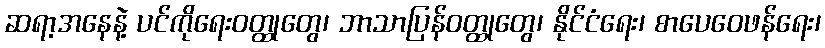
ဆရာ့အနေနဲ့ ပင်ကိုရေးဝတ္ထုတွေ၊ ဘာသာပြန်ဝတ္ထုတွေ၊ နိုင်ငံရေး၊ စာပေဝေဖန်ရေး၊